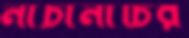
নাচানাচির